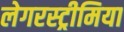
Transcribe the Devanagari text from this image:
लेगरस्ट्रीमिया